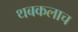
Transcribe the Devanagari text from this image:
थबकलाच